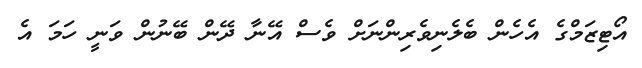
އޯޓިޒަމްގެ އެހެން ބެލެނިވެރިންނަށް ވެސް އޭނާ ދޭން ބޭނުން ވަނީ ހަމަ އެ